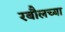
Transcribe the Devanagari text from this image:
रबौलच्या